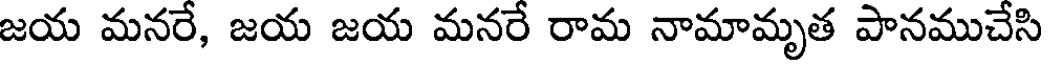
జయ మనరే, జయ జయ మనరే రామ నామామృత పానముచేసి